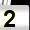
Digit: 2